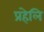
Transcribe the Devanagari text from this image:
प्रहेलि